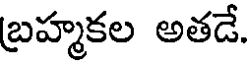
బ్రహ్మకల అతడే.